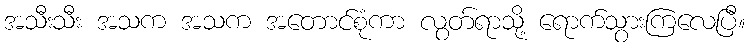
အသီးသီး အသက အသက အတောင်စုံကာ လွတ်ရာသို့ ရောက်သွားကြလေပြီ။